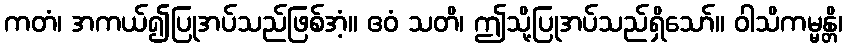
ကတံ၊ အကယ်၍ပြုအပ်သည်ဖြစ်အံ့။ ဧဝံ သတိ၊ ဤသို့ပြုအပ်သည်ရှိသော်။ ဝါသိကမ္မန္တိ၊